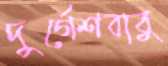
দুর্গেশবাবু